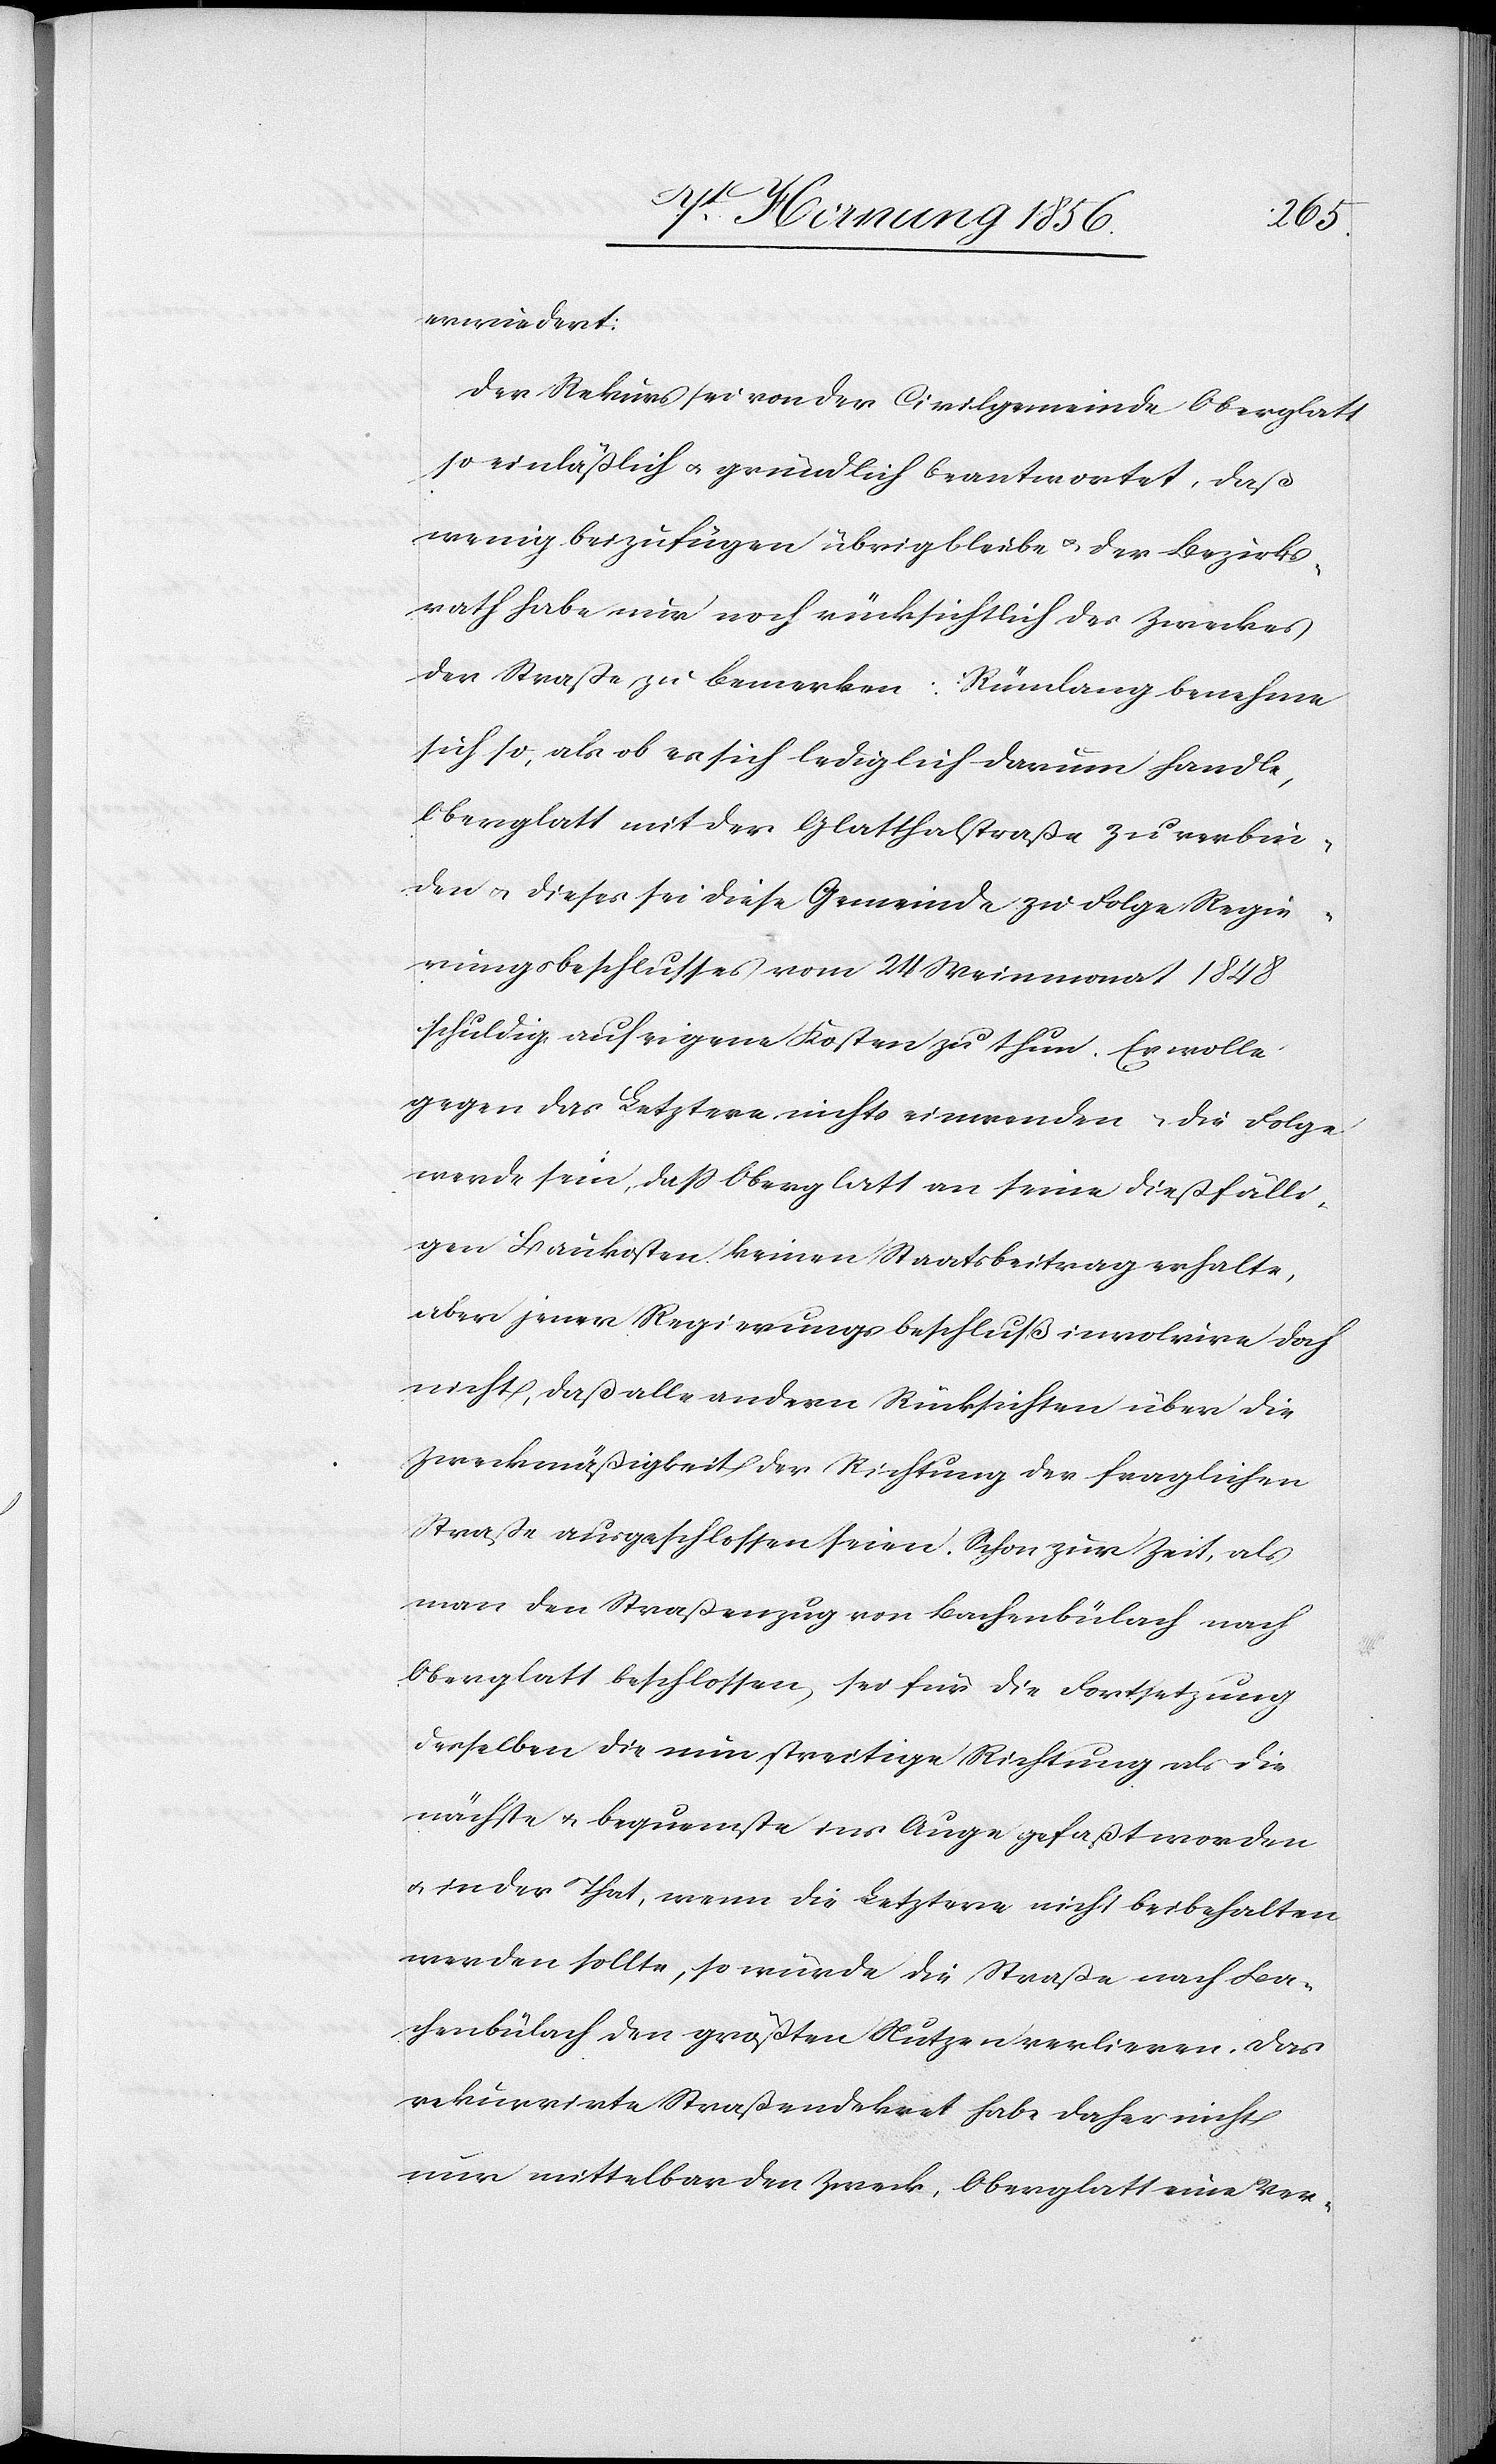
erwiedert:
Der Rekurs sei von der Civilgemeinde Oberglatt
so einläßlich u. gründlich beantwortet, daß
wenig beizufügen übrigbleibe u. der Bezirks¬
rath habe nur noch rücksichtlich des Zweckes
der Straße zu bemerken: Rümlang benehme
sich so, als ob es sich lediglich darum handle,
Oberglatt mit der Glatthalstraße zu verbin¬
den u. dieses sei diese Gemeinde zu Folge Regie¬
rungsbeschlusses vom 24 Weinmonat 1848
schuldig auf eigene Kosten zu thun. Er wolle
gegen das Letztere nichts einwenden, die Folge
werde sein, daß Oberglatt an seine dießfälli¬
gen Baukosten keinen Staatsbeitrag erhalte,
aber jener Regierungsbeschluß involvire doch
nicht, daß alle andern Rücksichten über die
Zweckmäßigkeit der Richtung der fraglichen
Straße ausgeschlossen seien. Schon zur Zeit, als
man den Straßenzug von Bachenbülach nach
Oberglatt beschlossen, sei für die Fortsetzung
desselben die nun streitige Richtung als die
nächste u. bequemste ins Auge gefaßt worden
u. in der That, wenn die Letztere nicht beibehalten
werden sollte, so würde die Straße nach Ba¬
chenbülach den größten Nutzen verlieren. Das
rekurrirte Straßendekret habe daher nicht
nur mittelbar den Zweck, Oberglatt eine Ver-